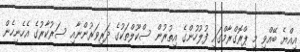
އިއްޔެ ބޭއްވި މި ޕްރޮގްރާމްގައި ފުލުހުންގެ އިތުރުން ސްކޫލްތަކުގެ ދަރިވަރުންނާއި ސަރުކާރުގެ އެހެނިހެން